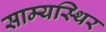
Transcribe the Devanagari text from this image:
साम्यस्थिर